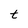
Character: t